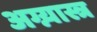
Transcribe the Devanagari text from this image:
अग्न्यास्त्र